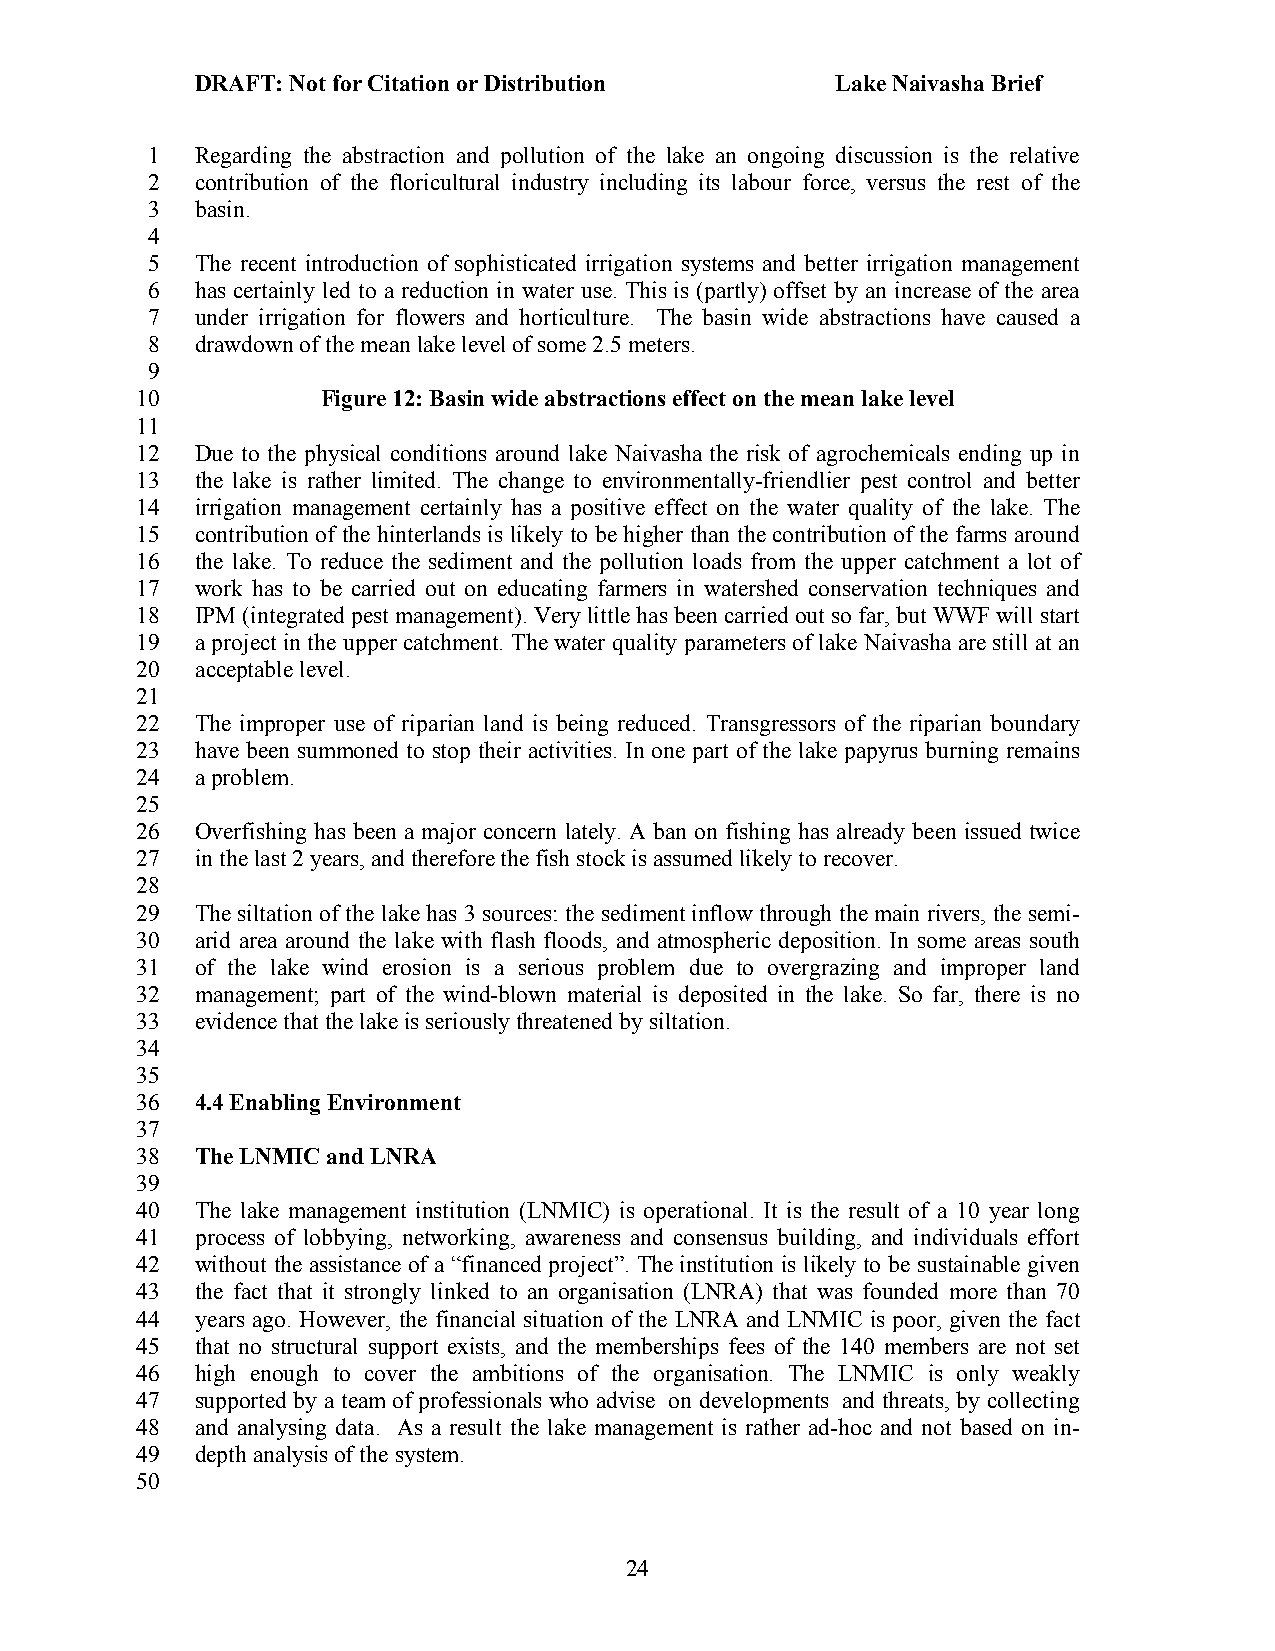
DRAFT: Not for Citation or Distribution   Lake Naivasha Brief
 1  Regarding the abstraction and pollution of the lake an ongoing discussion is the relative
 2  contribution of the floricultural industry including its labour force, versus the rest of the
 3  basin.
 4
 5  The recent introduction of sophisticated irrigation systems and better irrigation management
 6  has certainly led to a reduction in water use. This is (partly) offset by an increase of the area
 7  under irrigation for flowers and horticulture. The basin wide abstractions have caused a
 8  drawdown of the mean lake level of some 2.5 meters.
 9
 10          Figure 12: Basin wide abstractions effect on the mean lake level
 11
 12  Due to the physical conditions around lake Naivasha the risk of agrochemicals ending up in
 13  the lake is rather limited. The change to environmentally-friendlier pest control and better
 14  irrigation management certainly has a positive effect on the water quality of the lake. The
 15  contribution of the hinterlands is likely to be higher than the contribution of the farms around
 16  the lake. To reduce the sediment and the pollution loads from the upper catchment a lot of
 17  work has to be carried out on educating farmers in watershed conservation techniques and
 18  IPM (integrated pest management). Very little has been carried out so far, but WWF will start
 19  a project in the upper catchment. The water quality parameters of lake Naivasha are still at an
 20  acceptable level.
 21
 22  The improper use of riparian land is being reduced. Transgressors of the riparian boundary
 23  have been summoned to stop their activities. In one part of the lake papyrus burning remains
 24  a problem.
 25
 26  Overfishing has been a major concern lately. A ban on fishing has already been issued twice
 27  in the last 2 years, and therefore the fish stock is assumed likely to recover.
 28
 29  The siltation of the lake has 3 sources: the sediment inflow through the main rivers, the semi-
 30  arid area around the lake with flash floods, and atmospheric deposition. In some areas south
 31  of the lake wind erosion is a serious problem due to overgrazing and improper land
 32  management; part of the wind-blown material is deposited in the lake. So far, there is no
 33  evidence that the lake is seriously threatened by siltation.
 34
 35
 36  4.4 Enabling Environment
 37
 38  The LNMIC and LNRA
 39
 40  The lake management institution (LNMIC) is operational. It is the result of a 10 year long
 41  process of lobbying, networking, awareness and consensus building, and individuals effort
 42  without the assistance of a “financed project”. The institution is likely to be sustainable given
 43  the fact that it strongly linked to an organisation (LNRA) that was founded more than 70
 44  years ago. However, the financial situation of the LNRA and LNMIC is poor, given the fact
 45  that no structural support exists, and the memberships fees of the 140 members are not set
 46  high enough to cover the ambitions of the organisation. The LNMIC is only weakly
 47  supported by a team of professionals who advise on developments and threats, by collecting
 48  and analysing data. As a result the lake management is rather ad-hoc and not based on in-
 49  depth analysis of the system.
 50
 24